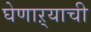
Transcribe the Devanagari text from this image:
घेणाऱ्याची